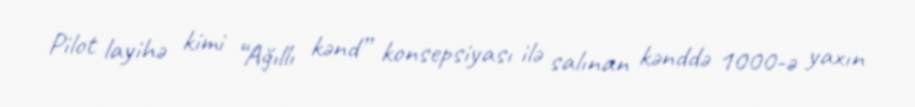
Pilot layihə kimi “Ağıllı kənd” konsepsiyası ilə salınan kənddə 1000-ə yaxın